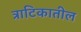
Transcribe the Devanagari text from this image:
त्राटिकातील